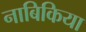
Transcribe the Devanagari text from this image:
नाबिकिया